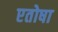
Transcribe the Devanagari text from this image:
एतोषा